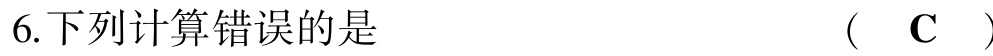
6.下列计算错误的是  （  C  ）